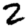
Digit: 2